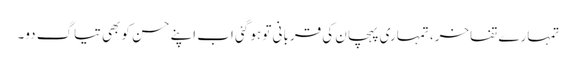
تمہارے تفاخر، تمہاری پہچان کی قربانی تو ہو گئی اب اپنے حسن کو بھی تیاگ دو۔